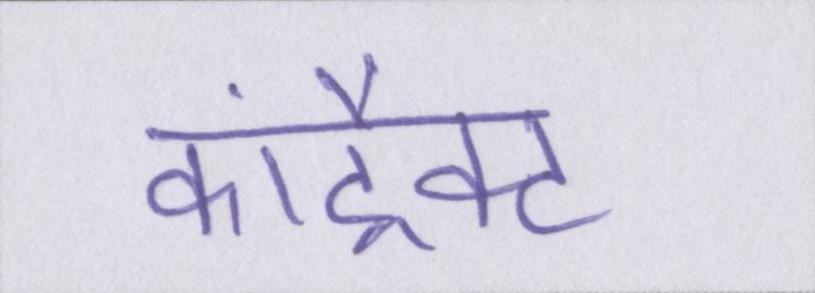
कांट्रैक्ट